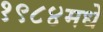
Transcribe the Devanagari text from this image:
१९८४मधे